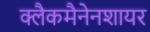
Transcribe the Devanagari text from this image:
क्लैकमैनेनशायर